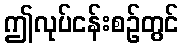
ဤလုပ်ငန်းစဉ်တွင်